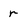
Character: r